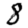
Digit: 8